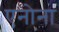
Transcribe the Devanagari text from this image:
एनोना